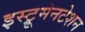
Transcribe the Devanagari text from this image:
इस्ट्रूमेनटेशन